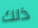
ذلك